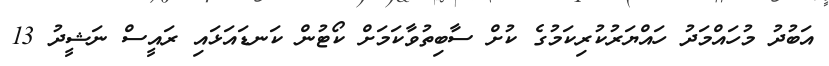
އަބުދު މުހައްމަދު ހައްޔަރުކުރިކަމުގެ ކުށް ސާބިތުވާކަމަށް ކޯޓުން ކަނޑައަޅައި ރައީސް ނަޝީދު 13